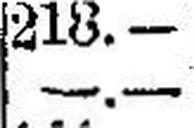
—.—